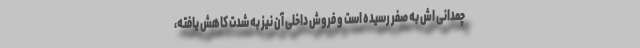
چمدانی اش به صفر رسیده است و فروش داخلی آن نیز به شدت کاهش یافته،